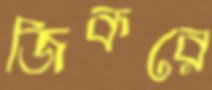
জিকরে